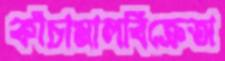
কাঁচামালবিক্রেতা